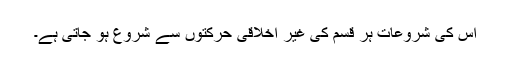
اس کی شروعات ہر قسم کی غیر اخلاقی حرکتوں سے شروع ہو جاتی ہے۔